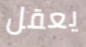
يعقل